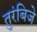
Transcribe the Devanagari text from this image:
तुरंबिजे